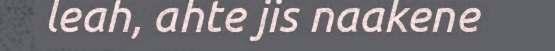
leah, ahte jis naakene